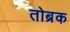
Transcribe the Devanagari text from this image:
तोब्रक